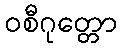
ဝစီဂုတ္တော